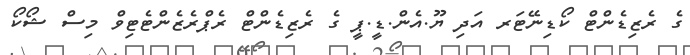
ގެ ރެޒިޑެންޓް ކޯޑިނޭޓަރ އަދި ޔޫ.އެން.ޑީ.ޕީ ގެ ރެޒިޑެންޓް ރެޕްރެޒެންޓެޓިވް މިސް ޝޯކޯ